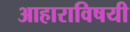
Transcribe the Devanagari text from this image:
आहाराविषयी